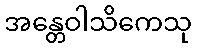
အန္တေဝါသိကေသု